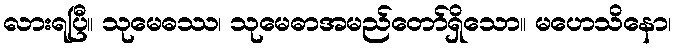
လားရပြီ။ သုမေဓဿ၊ သုမေဓာအမည်တော်ရှိသော။ မဟေသိနော၊